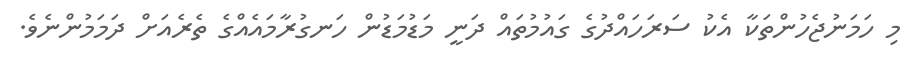
މި ހަމަނުޖެހުންތަކާ އެކު ސަރަހައްދުގެ ގައުމުތައް ދަނީ މަޑުމަޑުން ހަނގުރާމައެއްގެ ތެރެއަށް ދަމަމުންނެވެ.